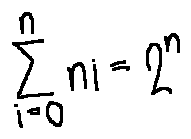
\sum \limits _ { i = 0 } ^ { n } n i = 2 ^ { n }